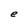
Character: e